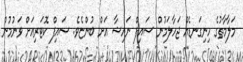
މަލާމާތުގެ ހިނިގަނޑެއް ޖަހާލަމުން ސައިފް ނައިޝާ އަށް ބުންޏެވެ. ސައިފް ކޮޓަރިއަށް ވަނުމުން